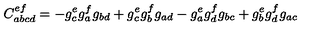
C _ { a b c d } ^ { e f } = - g _ { c } ^ { e } g _ { a } ^ { f } g _ { b d } + g _ { c } ^ { e } g _ { b } ^ { f } g _ { a d } - g _ { a } ^ { e } g _ { d } ^ { f } g _ { b c } + g _ { b } ^ { e } g _ { d } ^ { f } g _ { a c }